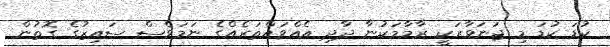
ކުޑަ ކުޑަ މި ޖަނަވާރަކީ ރާމާމަކުނާ ދާދި އެއްވައްތަރެއްގެ ނަމަވެސް ސައިޒުގެ ގޮތުން